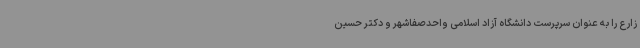
زارع را به عنوان سرپرست دانشگاه آزاد اسلامی واحدصفاشهر و دکتر حسین